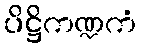
ပိဋ္ဌိကဏ္ဍကံ